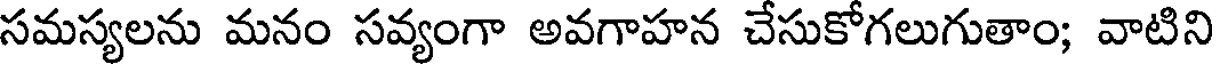
సమస్యలను మనం సవ్యంగా అవగాహన చేసుకోగలుగుతాం; వాటిని